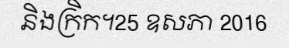
និងក្រិក។25 ឧសភា 2016